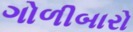
ગોળીબારો